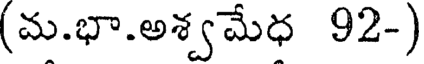
(మ.భా.అశ్వమేధ 92-)